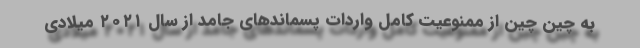
به چین چین از ممنوعیت کامل واردات پسماندهای جامد از سال ۲۰۲۱ میلادی